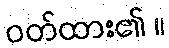
ဝတ်ထား၏ ။